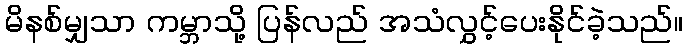
မိနစ်မျှသာ ကမ္ဘာသို့ ပြန်လည် အသံလွှင့်ပေးနိုင်ခဲ့သည်။